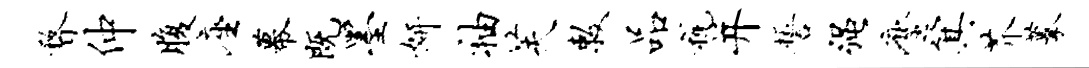
瞀仲腹座幕既墨妍袖芙敕品税并誓强麈箕芥摹